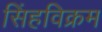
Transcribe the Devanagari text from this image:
सिंहविक्रम